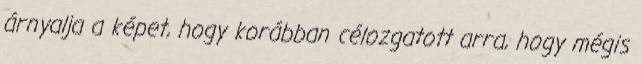
árnyalja a képet, hogy korábban célozgatott arra, hogy mégis